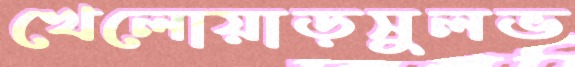
খেলোয়াড়সুলভ